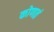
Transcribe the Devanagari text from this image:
कोणतं